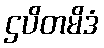
ဌပိတမိဒံ